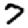
Digit: 7